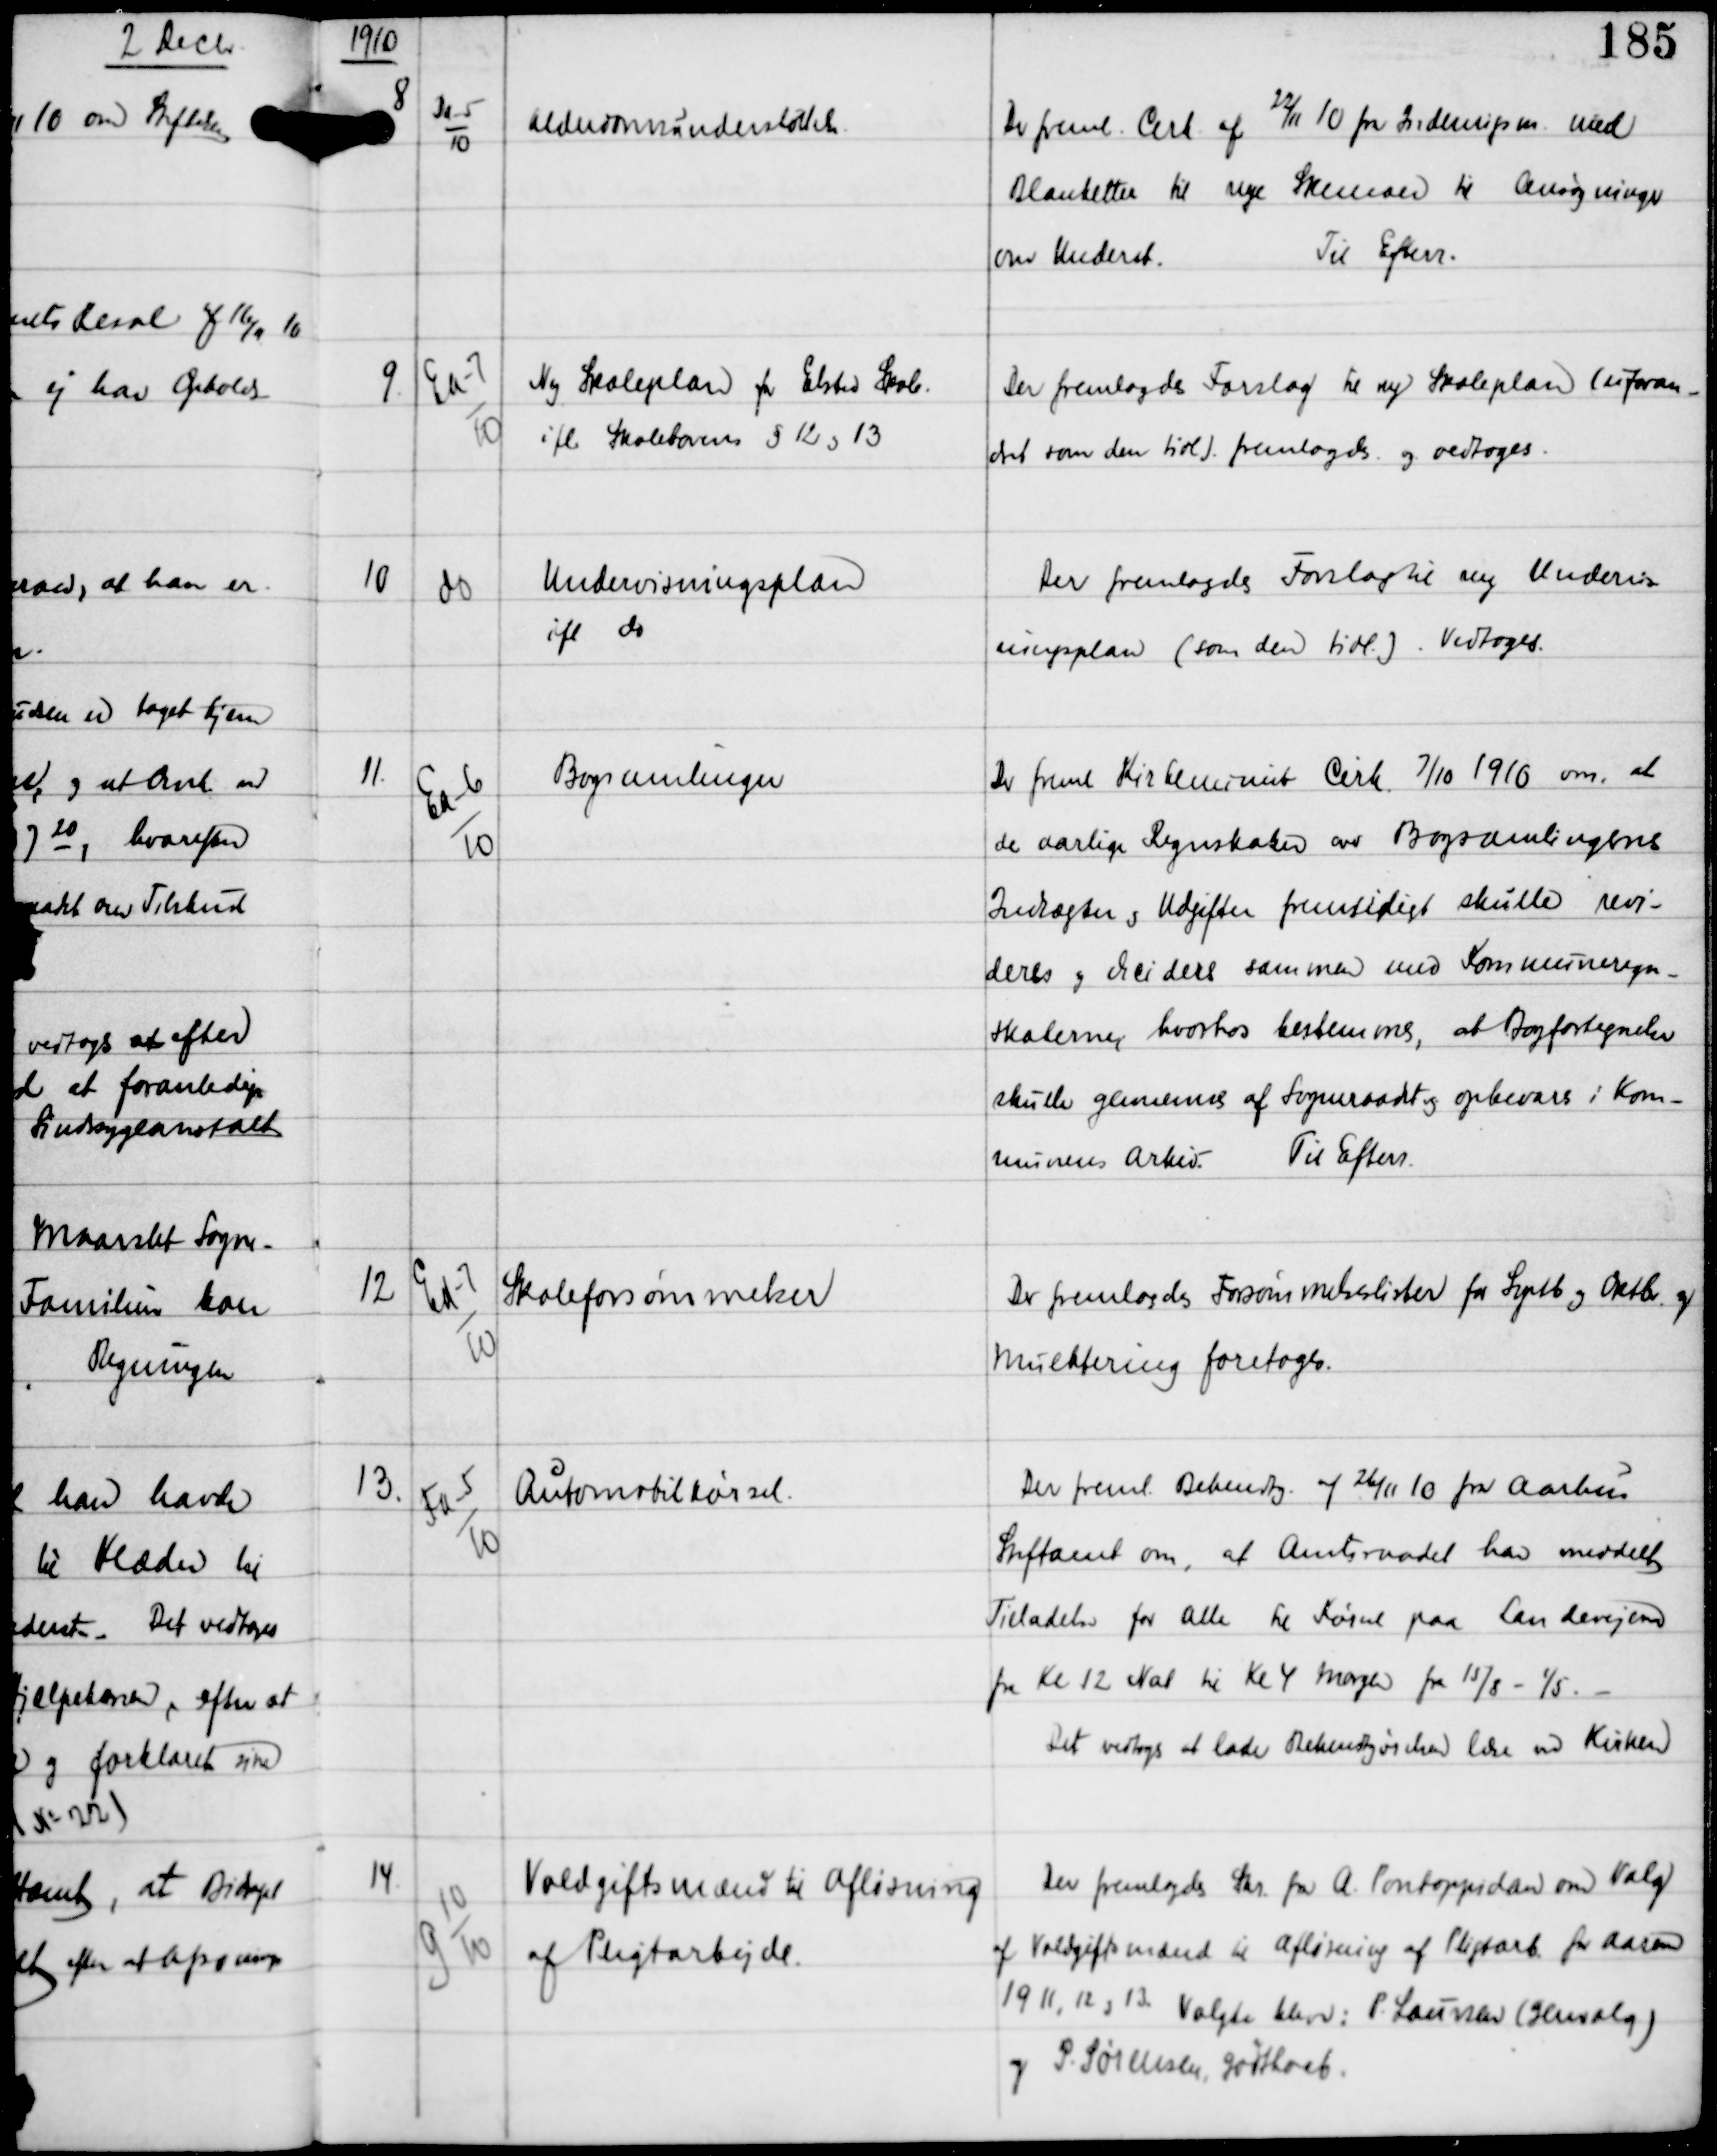
Transskription:
1910

8

Da-5
10

Alderdomsunderstøttelse

Der freml Cirk af 22/11 10 fra Indenrigsm. med
Blanketter til nye Skemaer til Ansøgninger
om Underst.
Til Efterr.

9

Ea-7
10

Ny Skoleplan for Elsted Skole
ifl. Skolelovens § 12 og 13

Der fremlagdes Forslag til ny Skoleplan (uforan-
dret som den tidl) fremlagdes og vedtoges.

10

do

Undervisningsplan
ifl. do

Der fremlagdes Forslag til ny Undervis-
ningsplan (som den tidl.).
Vedtoges.

11.

Ea-6
10

Bogsamlingen

Der freml Kirkeminist Cirk 7/10 1910 om, at
de aarlige Regnskaber over Bogsamlingens
Indtægter og Udgifter fremtidigt skulle revi-
deres og decidere sammen med Kommuneregn-
skaberne hvorhos bestemmes, at Bogfortegnelsen
skulle gennemses af Sogneraadet og opbevares i Kom-
munens Arkiv.
Til Efterr.

12

Ed-7
10

Skoleforsømmelser

Der fremlagdes Forsømmelseslister fra Septb og Oktbr og
mulktering foretoges.

13.

Fa-5
10

Automobilkørsel.

Der freml Bekendtg. af 26/11 10 fra Aarhus
Stiftamt om, at Amtsraadet har meddelt
Tilladelse for alle til Kørsel paa Landevejene
fra KL 12 Nat til Kl 4 Morgen fra 15/8 - 1/5. -
Der vedtoges at lade Bekendtgørelsen læse ved Kirken

14

G 10
10

Voldgiftsmænd til Afløsning
af Pligtarbejde.

Der fremlagdes Skr fra A. Pontoppidan om Valg
af Voldgiftsmænd til Afløsning af Pligtarb. for Aarene
1911, 12 og 13. Valgte blev P. Laursen (Genvalg)
og P. Sørensen, Godthaab.